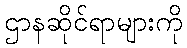
ဌာနဆိုင်ရာများကို